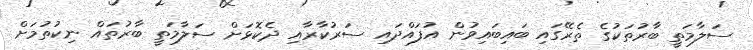
ސަލާމަތީ ބާރުތަކުގެ ތެރޭގައި ބައިބައިވުން އުފައްދައި ސަރުކާރާއި ދެކޮޅަށް ސަލާމަތީ ބާރުތައް ނިކުތުމަށް